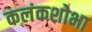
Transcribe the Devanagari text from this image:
कलंकशोभा